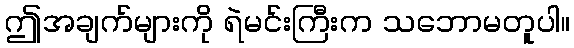
ဤအချက်များကို ရဲမင်းကြီးက သဘောမတူပါ။